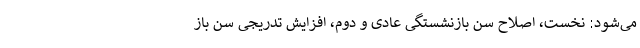
می‌شود: نخست، اصلاح سن بازنشستگی عادی و دوم، افزایش تدریجی سن باز